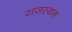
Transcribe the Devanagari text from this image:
राजस्थन